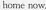
home now.